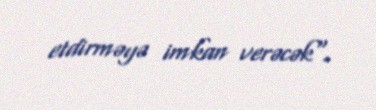
etdirməyə imkan verəcək".